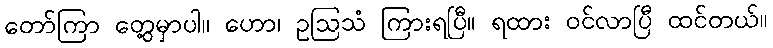
တော်ကြာ တွေ့မှာပါ။ ဟော၊ ဥဩသံ ကြားရပြီ။ ရထား ဝင်လာပြီ ထင်တယ်။